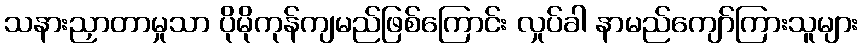
သနားညှာတာမှုသာ ပိုမိုကုန်ကျမည်ဖြစ်ကြောင်း လှုပ်ခါ နာမည်ကျော်ကြားသူများ